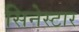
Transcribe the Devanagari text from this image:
सिनेस्टार